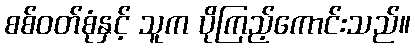
စစ်ဝတ်စုံနှင့် သူက ပိုကြည့်ကောင်းသည်။